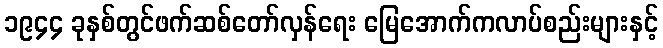
၁၉၄၄ ခုနှစ်တွင်ဖက်ဆစ်တော်လှန်ရေး မြေအောက်ကလာပ်စည်းများနှင့်